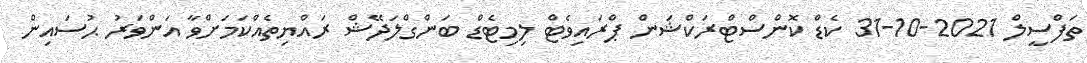
ތަފްސީލް 2021-10-31 ކެޑް ކޮންސްޓްރަކްޝަން ޕްރައިވެޓް ލިމިޓެޑް ބަންގްލަދޭޝް ރައްޔިތެއްކަމަށްވާ އަންވަރު ޙުސައިން